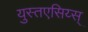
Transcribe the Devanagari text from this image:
युस्तएसिय्स्